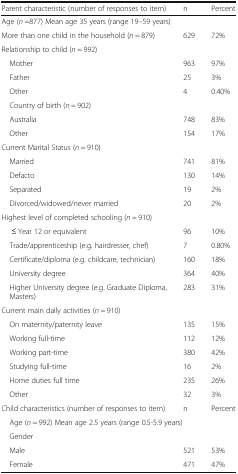
<table><thead><tr><td><b>Parent characteristic (number of responses to item)</b></td><td><b>n</b></td><td><b>Percent</b></td></tr></thead><tbody><tr><td colspan="3">Age (<i>n</i> =877) Mean age 35 years (range 19–59 years)</td></tr><tr><td>More than one child in the household (<i>n</i> = 879)</td><td>629</td><td>72%</td></tr><tr><td colspan="3">Relationship to child (<i>n</i> = 992)</td></tr><tr><td> Mother</td><td>963</td><td>97%</td></tr><tr><td> Father</td><td>25</td><td>3%</td></tr><tr><td> Other</td><td>4</td><td>0.40%</td></tr><tr><td colspan="3"> Country of birth (<i>n</i> = 902)</td></tr><tr><td> Australia</td><td>748</td><td>83%</td></tr><tr><td> Other</td><td>154</td><td>17%</td></tr><tr><td colspan="3">Current Marital Status (<i>n</i> = 910)</td></tr><tr><td> Married</td><td>741</td><td>81%</td></tr><tr><td> Defacto</td><td>130</td><td>14%</td></tr><tr><td> Separated</td><td>19</td><td>2%</td></tr><tr><td> Divorced/widowed/never married</td><td>20</td><td>2%</td></tr><tr><td colspan="3">Highest level of completed schooling (<i>n</i> = 910)</td></tr><tr><td>≤ Year 12 or equivalent</td><td>96</td><td>10%</td></tr><tr><td> Trade/apprenticeship (e.g. hairdresser, chef)</td><td>7</td><td>0.80%</td></tr><tr><td> Certificate/diploma (e.g. childcare, technician)</td><td>160</td><td>18%</td></tr><tr><td> University degree</td><td>364</td><td>40%</td></tr><tr><td> Higher University degree (e.g. Graduate Diploma, Masters)</td><td>283</td><td>31%</td></tr><tr><td colspan="3">Current main daily activities (<i>n</i> = 910)</td></tr><tr><td> On maternity/paternity leave</td><td>135</td><td>15%</td></tr><tr><td> Working full-time</td><td>112</td><td>12%</td></tr><tr><td> Working part-time</td><td>380</td><td>42%</td></tr><tr><td> Studying full-time</td><td>16</td><td>2%</td></tr><tr><td> Home duties full time</td><td>235</td><td>26%</td></tr><tr><td> Other</td><td>32</td><td>3%</td></tr><tr><td>Child characteristics (number of responses to item)</td><td>n</td><td>Percent</td></tr><tr><td colspan="3"> Age (<i>n</i> = 992) Mean age 2.5 years (range 0.5-5.9 years)</td></tr><tr><td> Gender</td><td></td><td></td></tr><tr><td> Male</td><td>521</td><td>53%</td></tr><tr><td> Female</td><td>471</td><td>47%</td></tr></tbody></table>